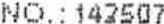
NO.: 142507